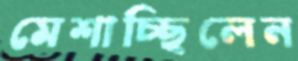
মেশাচ্ছিলেন